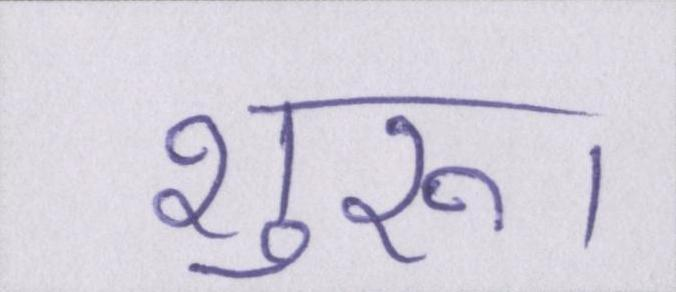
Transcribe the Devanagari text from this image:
शुरू।